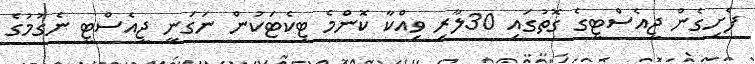
ފެށިގެން ޖީއެސްޓީގެ ގޮތުގައި 30ލާރި ވިއްކާ ކޮންމެ ޓިކެޓަކުން ނަގަނީ ޖީއެސްޓީ ނެގުމުގެ